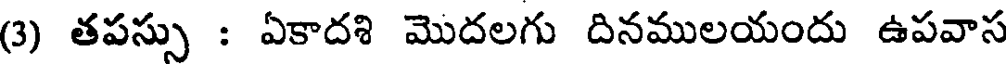
(3) తపస్సు : ఏకాదశి మొదలగు దినములయందు ఉపవాస